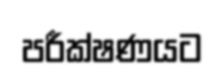
පරීක්ෂණයට